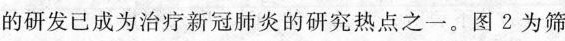
的研发已成为治疗新冠肺炎的研究热点之一。图2为筛